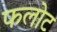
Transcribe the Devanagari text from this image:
फलोट